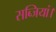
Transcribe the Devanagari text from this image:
सब्जियां।